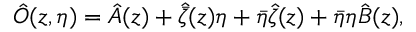
\hat { O } ( z , \eta ) = \hat { A } ( z ) + \hat { \bar { \zeta } } ( z ) \eta + \bar { \eta } \hat { \zeta } ( z ) + \bar { \eta } \eta \hat { B } ( z ) ,